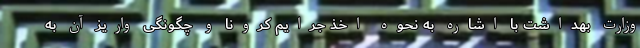
وزارت بهداشت با اشاره به نحوه اخذ جرایم کرونا و چگونگی واریز آن به